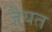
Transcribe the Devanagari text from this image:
जैयत